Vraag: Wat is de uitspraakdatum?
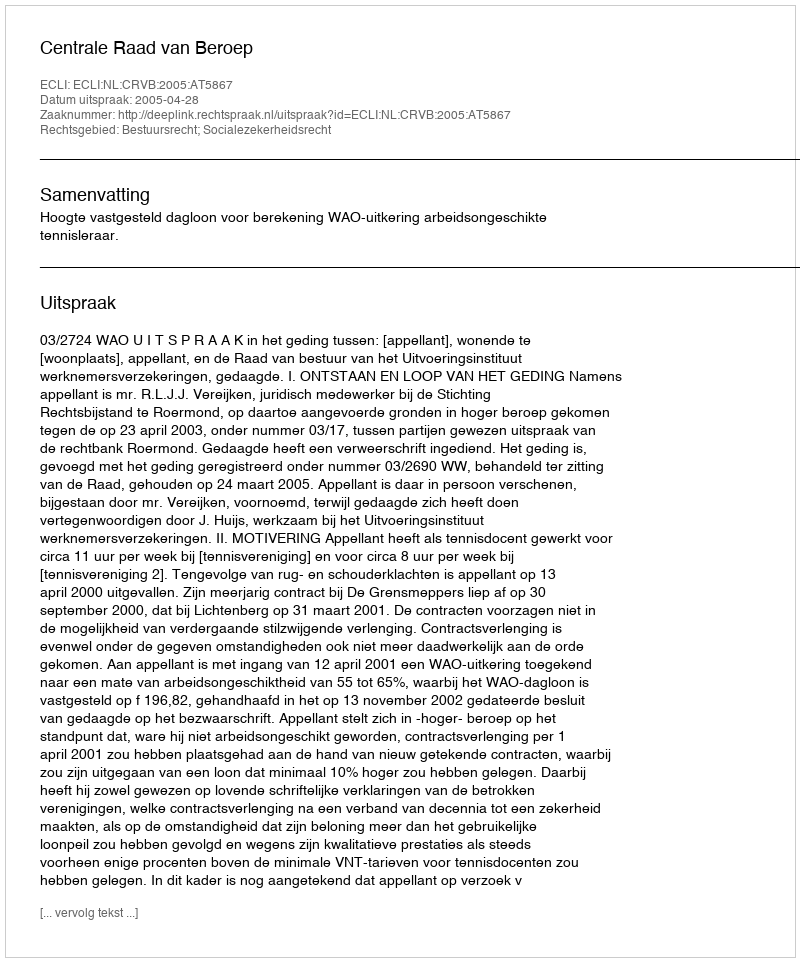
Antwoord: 2005-04-28